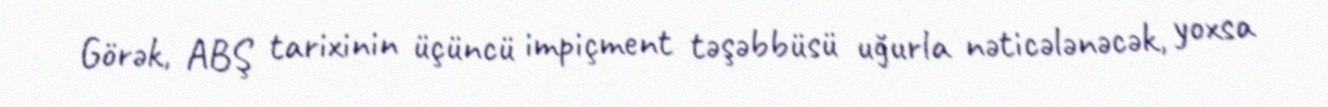
Görək, ABŞ tarixinin üçüncü impiçment təşəbbüsü uğurla nəticələnəcək, yoxsa